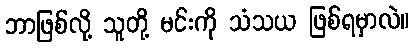
ဘာဖြစ်လို့ သူတို့ မင်းကို သံသယ ဖြစ်ရမှာလဲ။